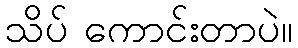
သိပ် ကောင်းတာပဲ။